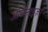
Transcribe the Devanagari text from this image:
ओर्गेनाइज़र